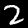
Digit: 2